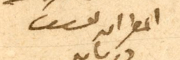
المطران يوسف